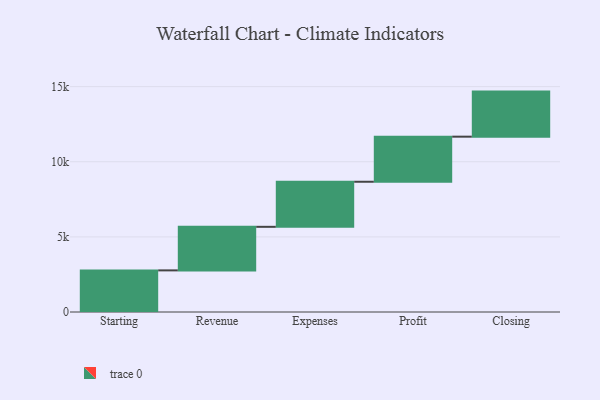
{"axis": {"x": "Step", "y": "Value"}, "legend": [""], "data": [{"x": "Starting", "y": 2770.0, "type": ""}, {"x": "Revenue", "y": 2899.0, "type": ""}, {"x": "Expenses", "y": 3000, "type": ""}, {"x": "Profit", "y": 3000, "type": ""}, {"x": "Closing", "y": 3000, "type": ""}]}